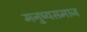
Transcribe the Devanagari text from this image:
मनुष्यसमाज